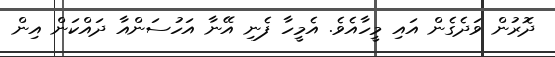
ދޮރުން ވަދެގެން އައި މީހާއެވެ. އެމީހާ ފެނި އޭނާ އަހުސަންއާ ދައްކަން އިން